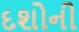
દશોની